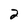
Character: 2